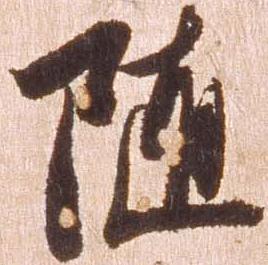
随